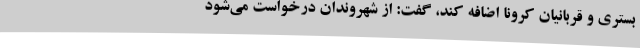
بستری و قربانیان کرونا اضافه کند، گفت: از شهروندان درخواست می‌شود